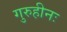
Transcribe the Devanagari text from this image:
गुरुहीनः